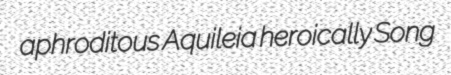
aphroditous Aquileia heroically Song